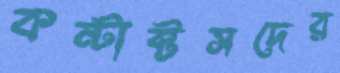
কন্টাক্টসদের